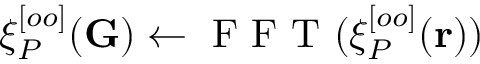
\xi _ { P } ^ { [ o o ] } ( \mathbf { G } ) \leftarrow \mathrm { ~ F ~ F ~ T ~ } ( \xi _ { P } ^ { [ o o ] } ( \mathbf { r } ) )